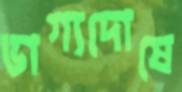
ভাগ্যদোষে